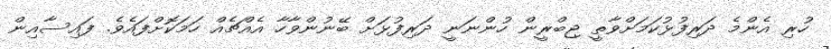
ހުރި އެންމެ ދަރިފުޅުކަމަށްވާތީ ޖިބްރީން ހުންނަނީ ދަރިފުޅަށް ބޭނުންވާހާ އެއްޗެއް ހަމަކޮށްފައެވެ. ފައިސާއިން